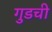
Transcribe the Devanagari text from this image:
गुडची